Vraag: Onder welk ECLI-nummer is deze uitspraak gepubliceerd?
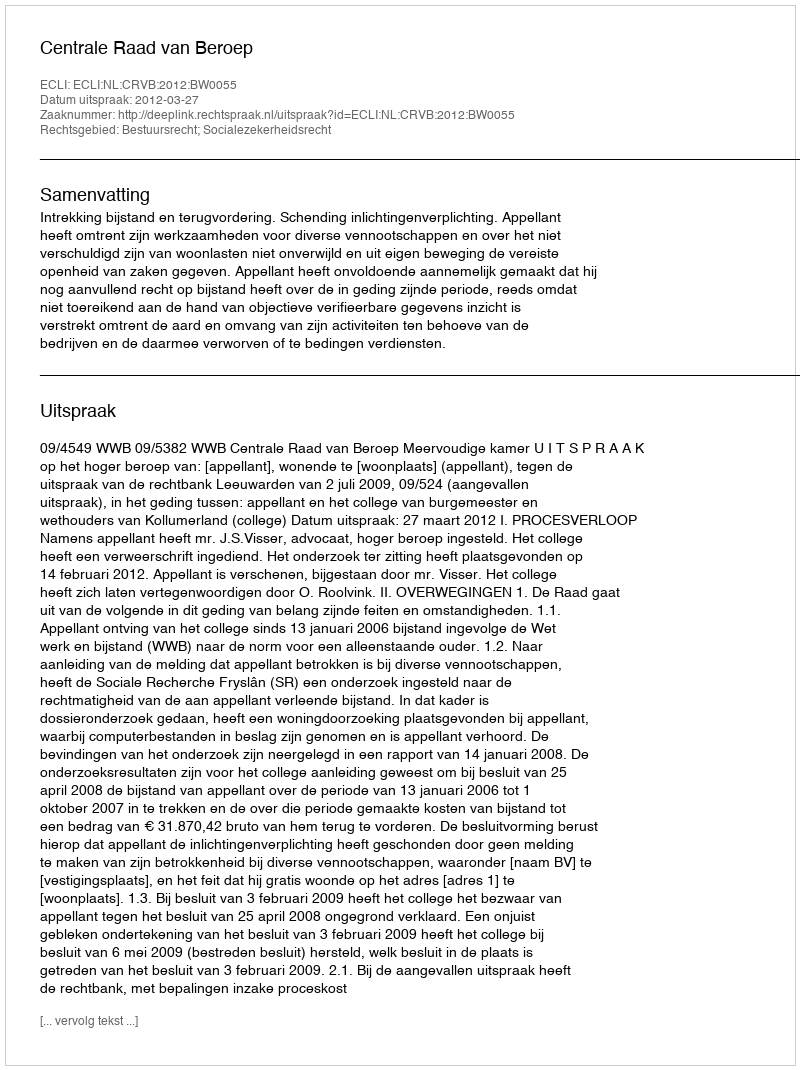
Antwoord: ECLI:NL:CRVB:2012:BW0055